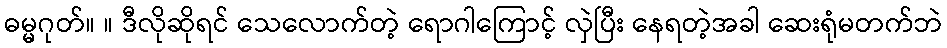
ဓမ္မဂုတ်။ ။ ဒီလိုဆိုရင် သေလောက်တဲ့ ရောဂါကြောင့် လှဲပြီး နေရတဲ့အခါ ဆေးရုံမတက်ဘဲ